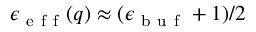
\epsilon _ { \mathrm { ~ e ~ f ~ f ~ } } ( q ) \approx ( \epsilon _ { \mathrm { ~ b ~ u ~ f ~ } } + 1 ) / 2